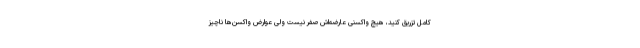
کامل تزریق کنید، هیچ واکسنی عارضه‌اش صفر نیست ولی عوارض واکسن‌ها ناچیز